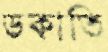
ডকাতি